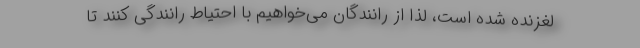
لغزنده شده است، لذا از رانندگان می‌خواهیم با احتیاط رانندگی کنند تا